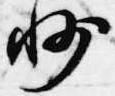
州